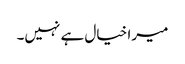
میرا خیال ہے نہیں۔